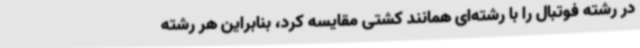
در رشته فوتبال را با رشته‌ای همانند کشتی مقایسه کرد، بنابراین هر رشته